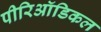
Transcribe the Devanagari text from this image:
पीरिऑडिकल